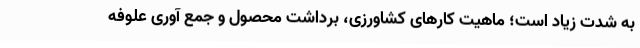
به شدت زیاد است؛ ماهیت کارهای کشاورزی، برداشت محصول و جمع آوری علوفه